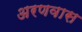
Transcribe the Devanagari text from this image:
अरणवास